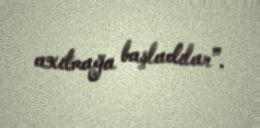
axıtmağa başladılar”.